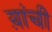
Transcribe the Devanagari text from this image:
य़ांची